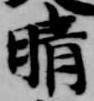
晴